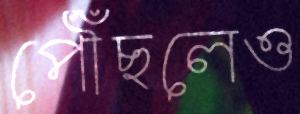
পৌঁছলেও